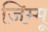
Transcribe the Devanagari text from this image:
जिम्मू